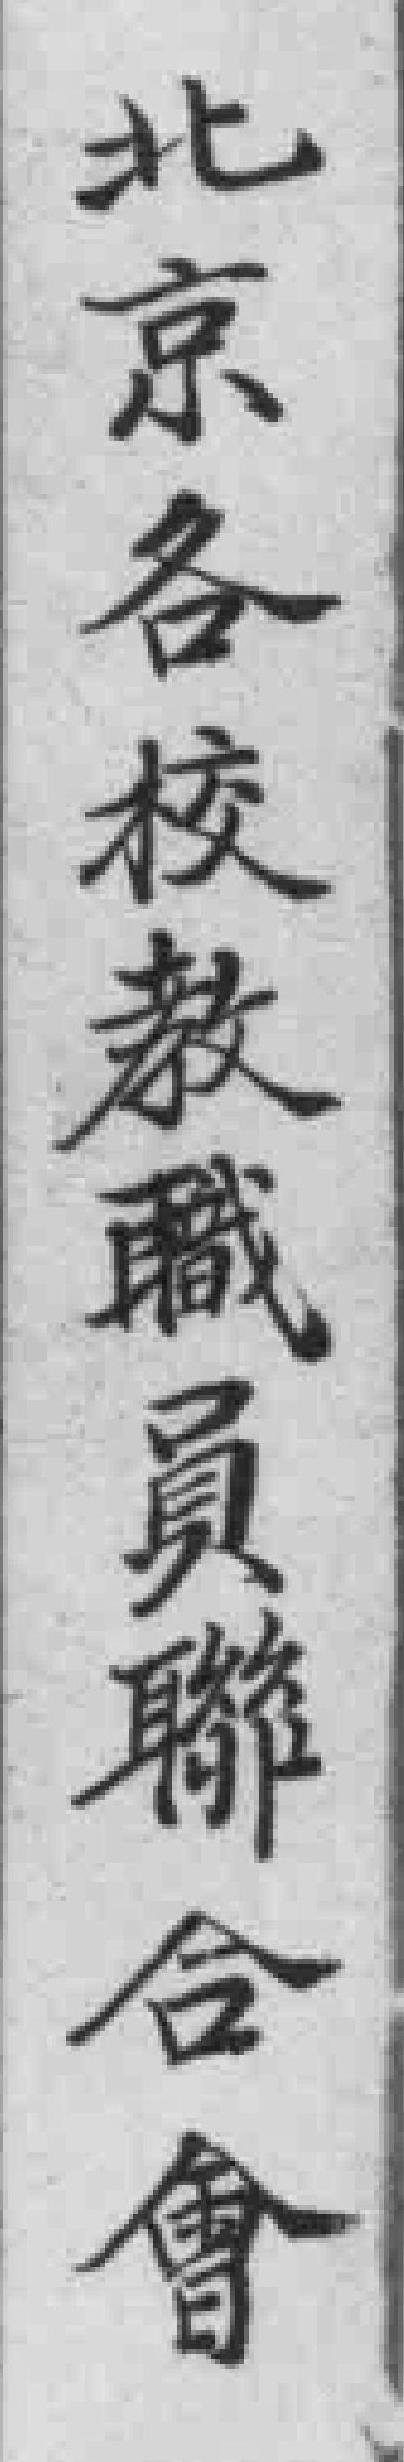
北京各校教職員聯合會